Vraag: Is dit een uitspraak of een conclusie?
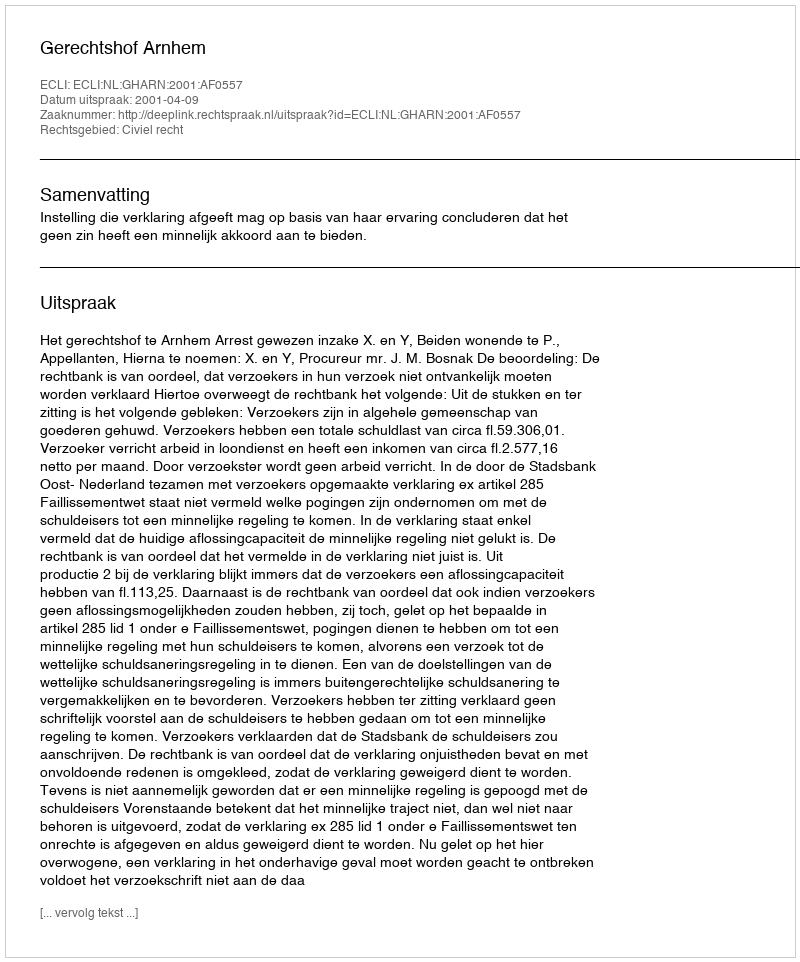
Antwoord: Uitspraak